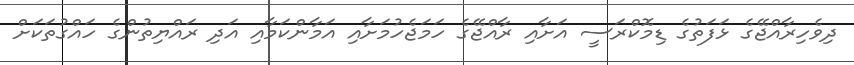
ދިވެހިރާއްޖޭގެ ޅަފަތުގެ ޑިމޮކްރަސީ އަށާއި ރާއްޖޭގެ ހަމަޖެހުމަށާއި އަމާންކަމާއި އަދި ރައްޔިތުންގެ ހައްގުތަކަށް